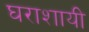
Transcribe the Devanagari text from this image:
घराशायी